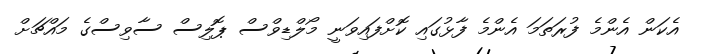
އެކަން އެންމެ ފުރަތަމަ އެންމެ ފާޅުގައި ކޮށްފައިވަނީ މޯލްޑިވްސް ޕޮލިސް ސާވިސްގެ މައްޗަށް